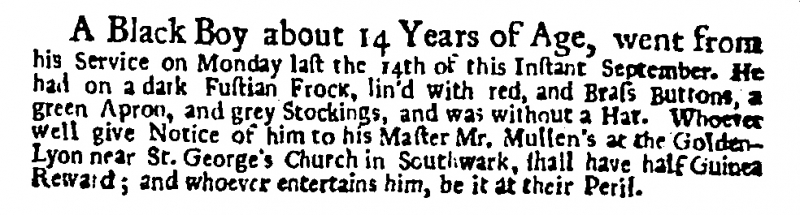
Daily Post, 21 September 1724 (England)
A Black Boy about 14 Years of Age, went from his Service on Monday last the 14th of this Instant September. He had on a dark Fustian Frock, lin’d with red, and Brass Buttons, a green Apron, and grey Stockings, and was without a Hat. Whoever well give Notice of him to his Master Mr. Mullen’s at the Golden-Lyon near St. George’s Church in Southwark, shall have half Guinea Reward; and whoever entertains him, be it at their Peril.